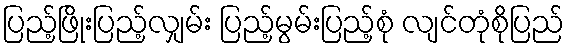
ပြည့်ဖြိုးပြည့်လျှမ်း ပြည့်မွမ်းပြည့်စုံ လျင်တုံစိုပြည်